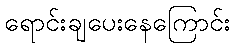
ရောင်းချပေးနေကြောင်း